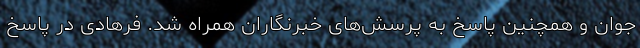
جوان و همچنین پاسخ به پرسش‌های خبرنگاران همراه شد. فرهادی در پاسخ